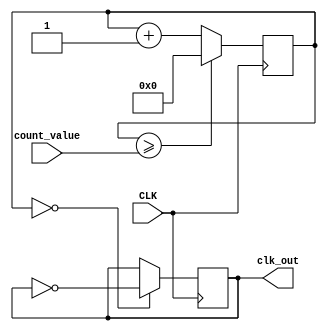
`timescale 1ns / 1ps
//////////////////////////////////////////////////////////////////////////////////
// Company: 
// Engineer: 
// 
// Design Name: 
// Module Name: clk_variable
// Project Name: 
// Target Devices: 
// Tool Versions: 
// Description: 
// 
// Dependencies: 
// 
// Revision:
// Revision 0.01 - File Created
// Additional Comments:
// 
//////////////////////////////////////////////////////////////////////////////////


module clk_variable(
    input CLK,
    input [31:0] count_value,
    output reg clk_out = 0
    );
    
    reg [31:0] count = 0;
    
    always @ (posedge CLK) begin
        count <= (count >= count_value) ? 0 : count + 1;
        clk_out <= (count == 0) ? ~clk_out : clk_out;
    end
    
endmodule